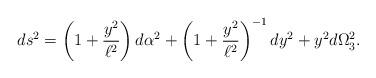
LaTeX: \begin{align*}ds^2 = \left(1+\frac{y^2}{\ell^2}\right) d\alpha^2 +\left(1+\frac{y^2}{\ell^2}\right)^{-1} dy^2 + y^2 d\Omega_3^2.\end{align*}